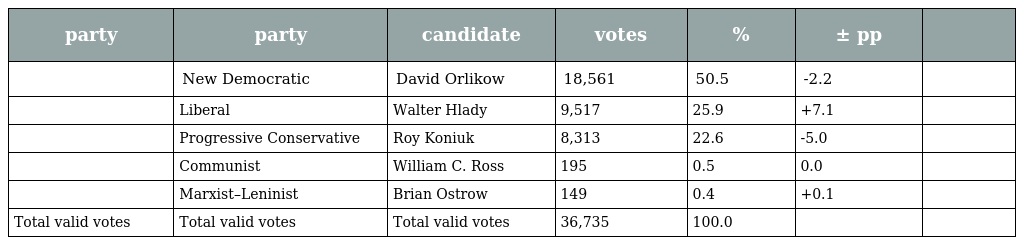
| party | party | candidate | votes | % | ± pp |  |
 | --- | --- | --- | --- | --- | --- | --- |
 |  | New Democratic | David Orlikow | 18,561 | 50.5 | -2.2 |  |
 |  | Liberal | Walter Hlady | 9,517 | 25.9 | +7.1 |  |
 |  | Progressive Conservative | Roy Koniuk | 8,313 | 22.6 | -5.0 |  |
 |  | Communist | William C. Ross | 195 | 0.5 | 0.0 |  |
 |  | Marxist–Leninist | Brian Ostrow | 149 | 0.4 | +0.1 |  |
 | Total valid votes | Total valid votes | Total valid votes | 36,735 | 100.0 |  |  |